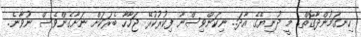
ހިނގަމުންދާގޮތް.. މީ ދުނިޔޭގެ އާދަ.. ނިކަންވިސްނާ ފިކުރުކުރޭ ޖަހާހާ ބެރަކަށް ނަށާގެންވެސް ނުވާނެ.